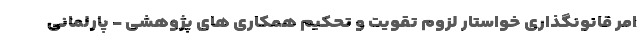
امر قانونگذاری خواستار لزوم تقویت و تحکیم همکاری های پژوهشی - پارلمانی